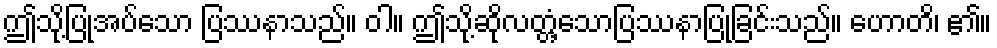
ဤသို့ပြုအပ်သော ပြဿနာသည်။ ဝါ။ ဤသို့ဆိုလတ္တံ့သောပြဿနာပြုခြင်းသည်။ ဟောတိ၊ ၏။